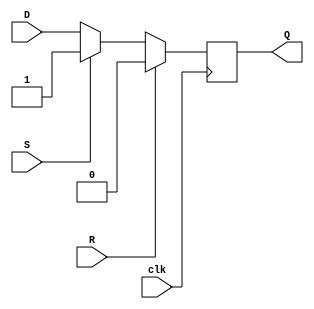
module DFF_SetReset(
    input wire clk,
    input wire D,
    input wire S,
    input wire R,
    output reg Q
);

always @(posedge clk) begin
    if (R) begin
        Q <= 0;
    end else if (S) begin
        Q <= 1;
    end else begin
        Q <= D;
    end
end

endmodule